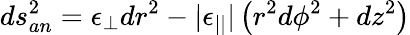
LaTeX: ds_{an}^{2}=\epsilon_{\perp}dr^{2}-|\epsilon_{||}|\left(r^{2}d\phi^{2}+dz^{2}\right)